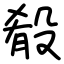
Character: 殽